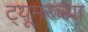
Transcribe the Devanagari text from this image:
ट्यूमरच्या